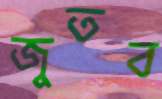
জুতব